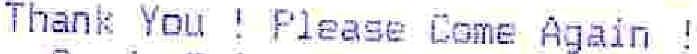
THANK YOU ! PLEASE COME AGAIN !